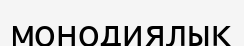
монодиялық